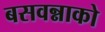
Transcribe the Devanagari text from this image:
बसवन्नाको